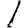
Digit: 1